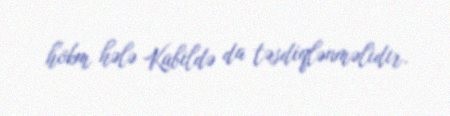
hökm hələ Kabildə da təsdiqlənməlidir.